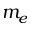
m _ { e }